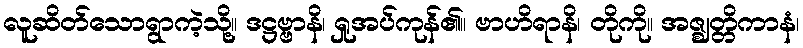
လူဆိတ်သောရွာကဲ့သို့။ ဒဋ္ဌဗ္ဗာနိ၊ ရှုအပ်ကုန်၏။ ဗာဟိရာနိ၊ တိုကို။ အဇ္ဈတ္တိကာနံ၊